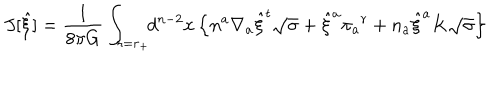
J [ { \hat { \xi } } ] = { \frac { 1 } { 8 \pi G } } \int _ { r = r _ { + } } \! \! d ^ { n - 2 } x \, \Bigl \{ n ^ { a } \nabla _ { a } { \hat { \xi } } ^ { t } \sqrt { \sigma } + { \hat { \xi } } ^ { a } \pi _ { a } { } ^ { r } + n _ { a } { \hat { \xi } } ^ { a } K \sqrt { \sigma } \Bigr \}